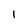
Character: I